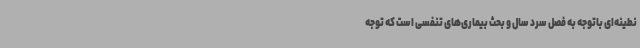
نطینه‌ای باتوجه به فصل سرد سال و بحث بیماری‌های تنفسی است که توجه